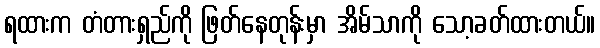
ရထားက တံတားရှည်ကို ဖြတ်နေတုန်းမှာ အိမ်သာကို သော့ခတ်ထားတယ်။